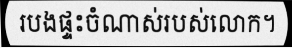
របងផ្ទះចំណាស់របស់លោក។